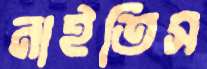
নাইতিস